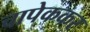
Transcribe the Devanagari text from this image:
चापेककर